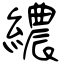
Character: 繷